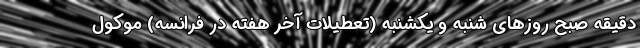
دقیقه صبح روزهای شنبه و یکشنبه (تعطیلات آخر هفته در فرانسه) موکول